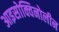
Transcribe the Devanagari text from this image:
आइसोक्विनोलीन